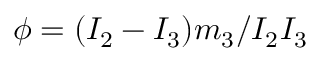
\phi = ( I _ { 2 } - I _ { 3 } ) m _ { 3 } / I _ { 2 } I _ { 3 }